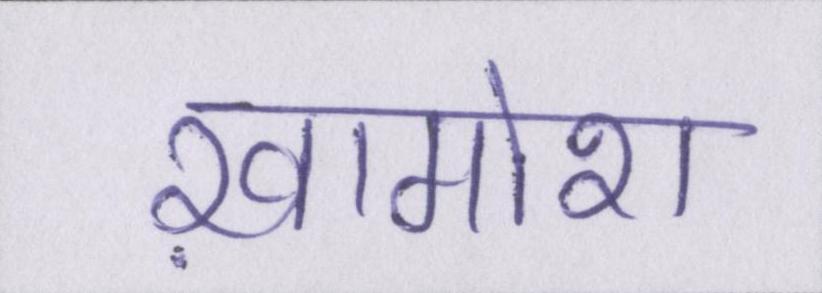
ख़ामोश